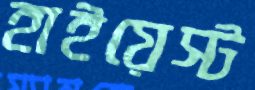
হাইয়েস্ট